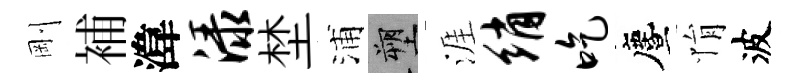
剛補湋渌埜浦塑涯绡吃󵨌悁波